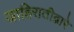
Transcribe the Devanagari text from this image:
जाहिरातीद्वारे